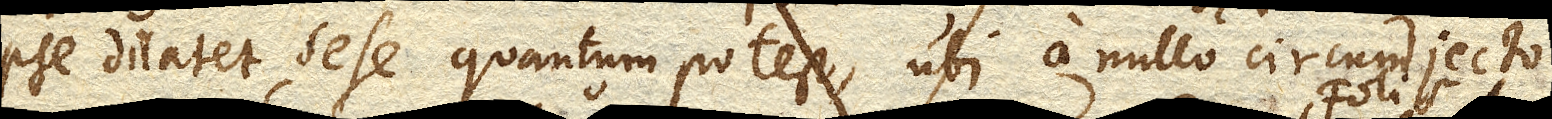
ipse dilatet sese quantum potest, ubi a nullo circumjecto